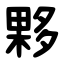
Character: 夥